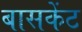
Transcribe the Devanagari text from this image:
बासकेंट